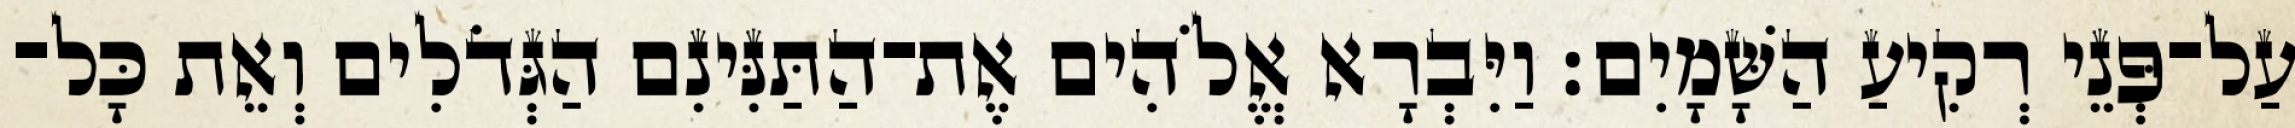
עַל־פְּנֵי רְקִיעַ הַשָּׁמָיִם׃ וַיִּבְרָא אֱלֹהִים אֶת־הַתַּנִּינִם הַגְּדֹלִים וְאֵת כָּל־